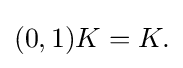
{\textstyle (0,1)K=K.}